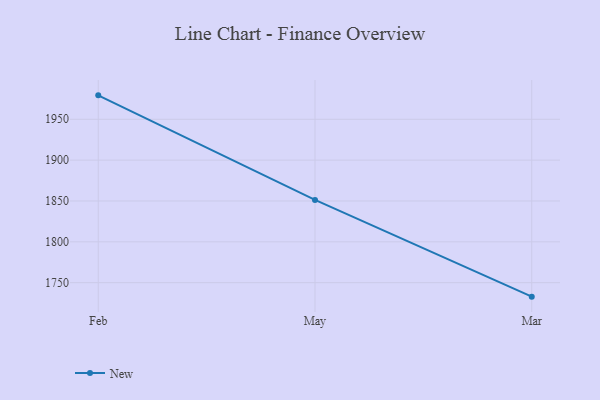
{"axis": {"x": "Month", "y": "Humidity (%)"}, "legend": ["New"], "data": [{"x": "Feb", "y": 1979.3, "type": "New"}, {"x": "May", "y": 1851.3, "type": "New"}, {"x": "Mar", "y": 1732.9, "type": "New"}]}